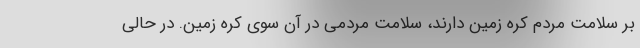
بر سلامت مردم کره زمین دارند، سلامت مردمی در آن سوی کره زمین. در حالی